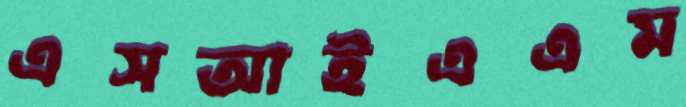
এসআইএএম